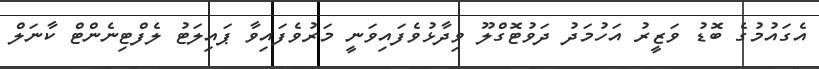
އެގައުމުގެ ބޮޑު ވަޒީރު އަހުމަދު ދަވުޓޮގްލޫ ވިދާޅުވެފައިވަނީ މަރުވެފައިވާ ޕައިލަޓު ލެފްޓިނެންޓް ކާނަލް